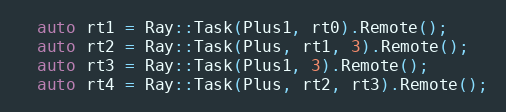
Language: C++
  auto rt1 = Ray::Task(Plus1, rt0).Remote();
  auto rt2 = Ray::Task(Plus, rt1, 3).Remote();
  auto rt3 = Ray::Task(Plus1, 3).Remote();
  auto rt4 = Ray::Task(Plus, rt2, rt3).Remote();